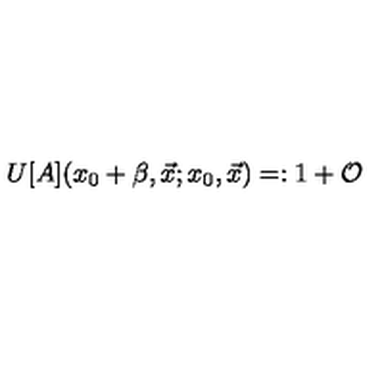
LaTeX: U [ A ] ( x _ { 0 } + \beta , \vec { x } ; x _ { 0 } , \vec { x } ) = : 1 + { \cal O }